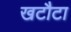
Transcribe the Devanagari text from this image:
खटौटा